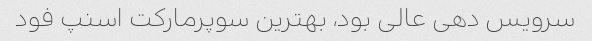
سرویس دهی عالی بود، بهترین سوپرمارکت اسنپ فود